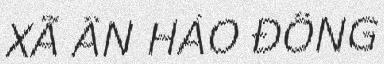
XÃ ÂN HẢO ĐÔNG